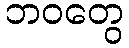
ဘဝတွေ